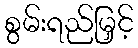
စွမ်းရည်မြှင့်